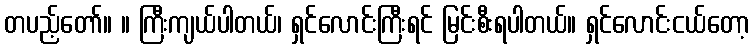
တပည့်တော်။ ။ ကြီးကျယ်ပါတယ်၊ ရှင်လောင်းကြီးရင် မြင်းစီးရပါတယ်။ ရှင်လောင်းငယ်တော့